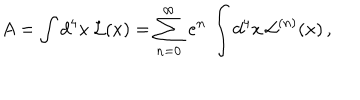
A = \int d ^ { 4 } x \, { \cal L } ( x ) = \sum _ { n = 0 } ^ { \infty } \, e ^ { n } \, \int d ^ { 4 } x \, { \cal L } ^ { ( n ) } ( x ) \, ,